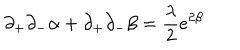
\partial _ { + } \partial _ { - } \alpha + \partial _ { + } \partial _ { - } \beta = \frac { \lambda } { 2 } e ^ { 2 \beta }